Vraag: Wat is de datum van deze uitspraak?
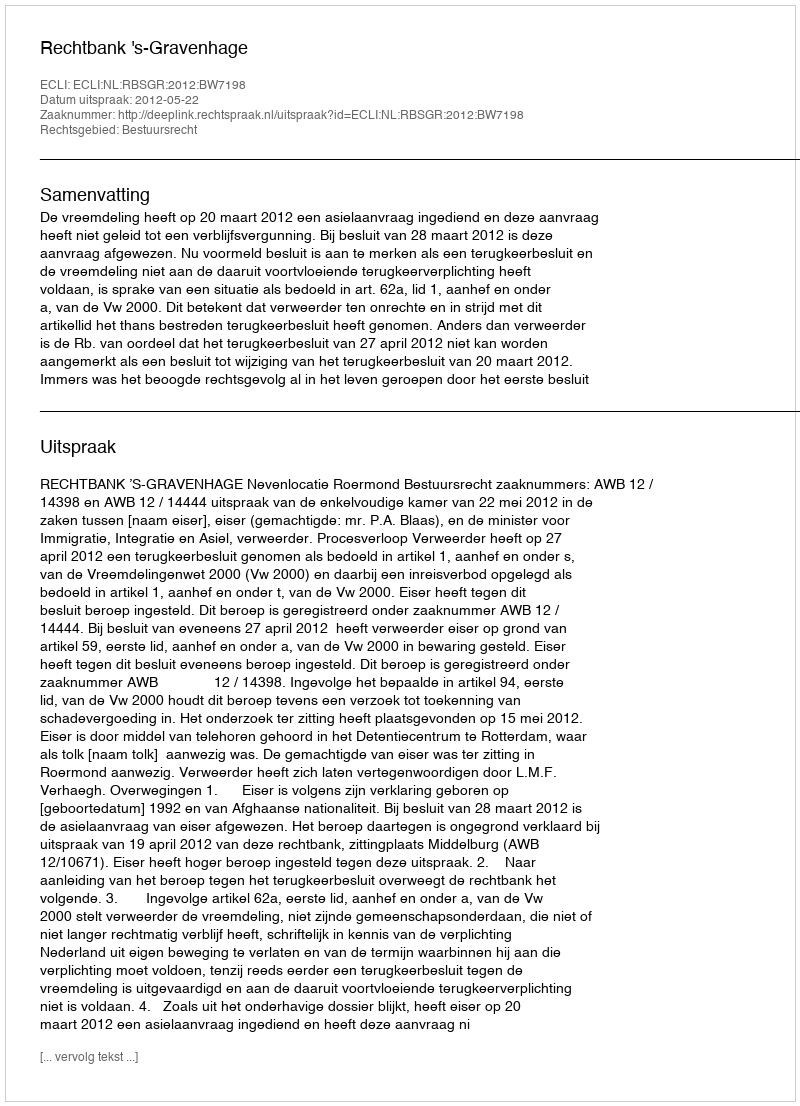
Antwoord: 2012-05-22